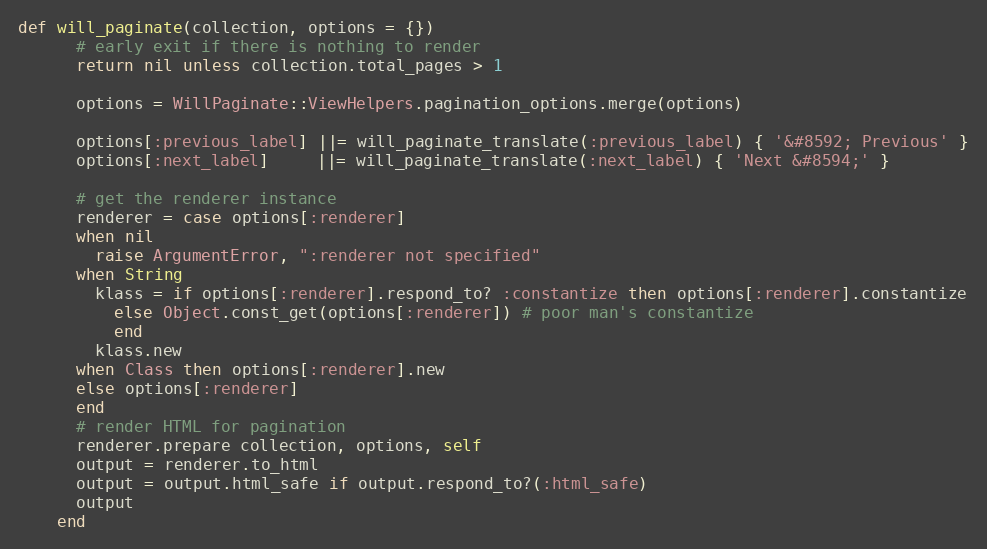
Language: Ruby
def will_paginate(collection, options = {})
      # early exit if there is nothing to render
      return nil unless collection.total_pages > 1

      options = WillPaginate::ViewHelpers.pagination_options.merge(options)

      options[:previous_label] ||= will_paginate_translate(:previous_label) { '&#8592; Previous' }
      options[:next_label]     ||= will_paginate_translate(:next_label) { 'Next &#8594;' }

      # get the renderer instance
      renderer = case options[:renderer]
      when nil
        raise ArgumentError, ":renderer not specified"
      when String
        klass = if options[:renderer].respond_to? :constantize then options[:renderer].constantize
          else Object.const_get(options[:renderer]) # poor man's constantize
          end
        klass.new
      when Class then options[:renderer].new
      else options[:renderer]
      end
      # render HTML for pagination
      renderer.prepare collection, options, self
      output = renderer.to_html
      output = output.html_safe if output.respond_to?(:html_safe)
      output
    end